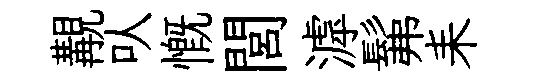
覯㕥慨閭滹髴耒